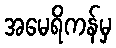
အမေရိကန်မှ